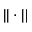
| | \cdot | |